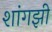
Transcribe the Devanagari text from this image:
शांगझी